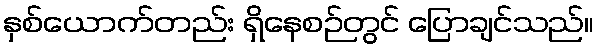
နှစ်ယောက်တည်း ရှိနေစဉ်တွင် ပြောချင်သည်။